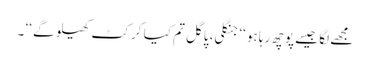
مجھے لگا جیسے پوچھ رہا ہو ‘‘ جنگلی، پاگل تم کیا کرکٹ کھیلو گے ‘‘ ۔